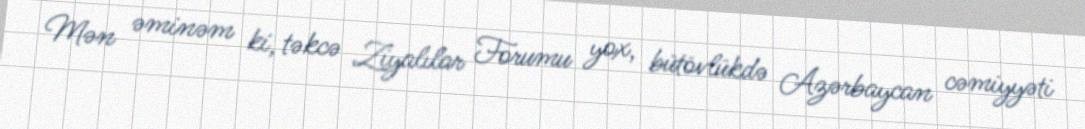
Mən əminəm ki, təkcə Ziyalılar Forumu yox, bütövlükdə Azərbaycan cəmiyyəti